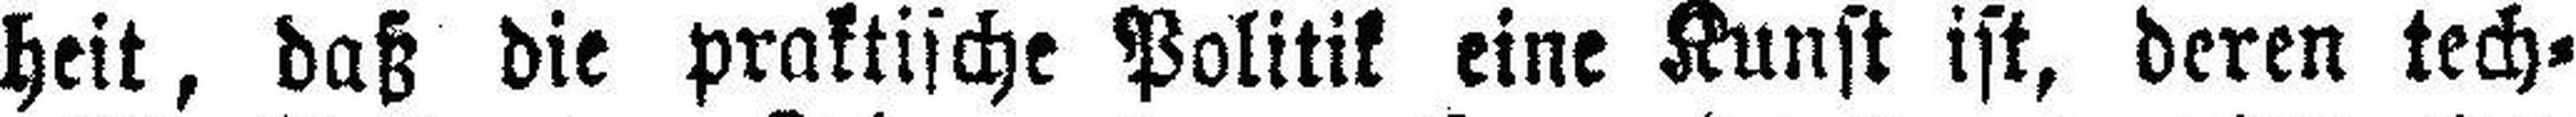
heit, daß die praktische Politik eine Kunst ist, deren tech¬